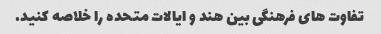
تفاوت های فرهنگی بین هند و ایالات متحده را خلاصه کنید.